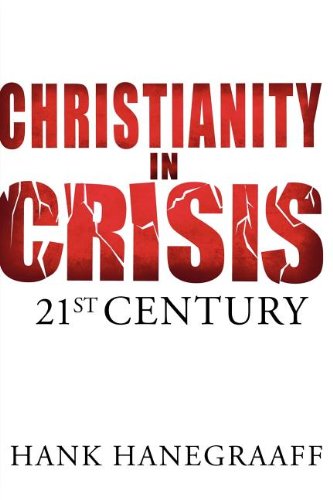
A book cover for Christianity In Crisis: The 21st Century; Hank Hanegraaff; Christian Books & Bibles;